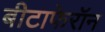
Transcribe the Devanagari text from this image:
बीटाफेरॉन